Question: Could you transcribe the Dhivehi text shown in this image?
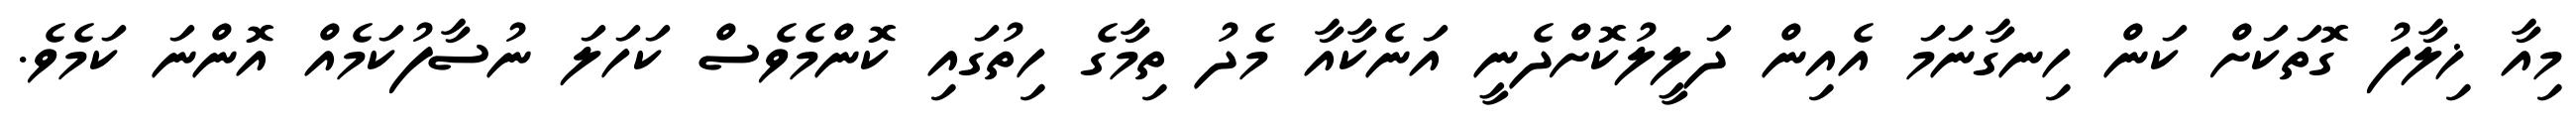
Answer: މިއާ ޚިލާފު ގޮތަކަށް ކަން ހިނގާނަމަ އެއިން ދަލީލުކޮށްދެނީ އަނެކާއާ މެދު ތިމާގެ ހިތުގައި ކޮންމެވެސް ކަހަލަ ނުސާފުކަމެއް އޮންނަ ކަމެވެ.